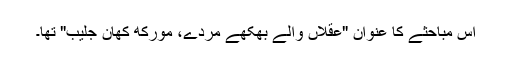
اس مباحثے کا عنوان "عقلاں والے بھُکھے مردے، مُورکھ کھان جلیب" تھا۔